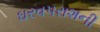
ઘરવપરાશની